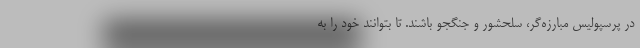
در پرسپولیس مبارزه‌گر، سلحشور و جنگجو باشند. تا بتوانند خود را به